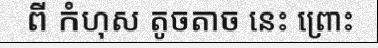
ពី កំហុស តូចតាច នេះ ព្រោះ